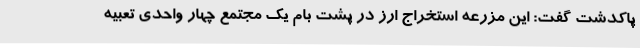
پاکدشت گفت: این مزرعه استخراج ارز در پشت بام یک مجتمع چهار واحدی تعبیه